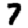
Digit: 7